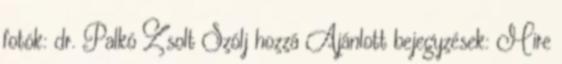
fotók: dr. Palkó Zsolt Szólj hozzá Ajánlott bejegyzések: Mire